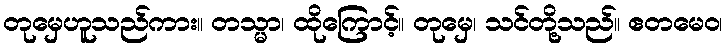
တုမှေဟူသည်ကား။ တသ္မာ၊ ထိုကြောင့်။ တုမှေ၊ သင်တို့သည်။ ဧတမေဝ၊